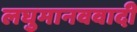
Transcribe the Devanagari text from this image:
लघुमानववादी